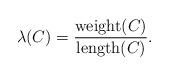
LaTeX: \begin{align*}\lambda(C) = \frac{{\rm weight}(C)}{{\rm length}(C)}.\end{align*}